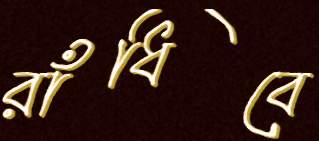
রাঁধিবে